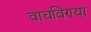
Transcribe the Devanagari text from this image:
वाचविण्या